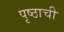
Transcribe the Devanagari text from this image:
पृष्ठाची